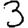
Digit: 3